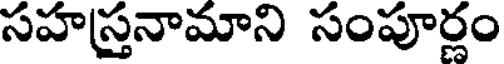
సహస్తనామాని సంపూర్ణం